Bombay plague: being a history of the progress of plague in the Bombay presidency from September 1896 to June 1899
Year: 1896
Disease focus: Plague
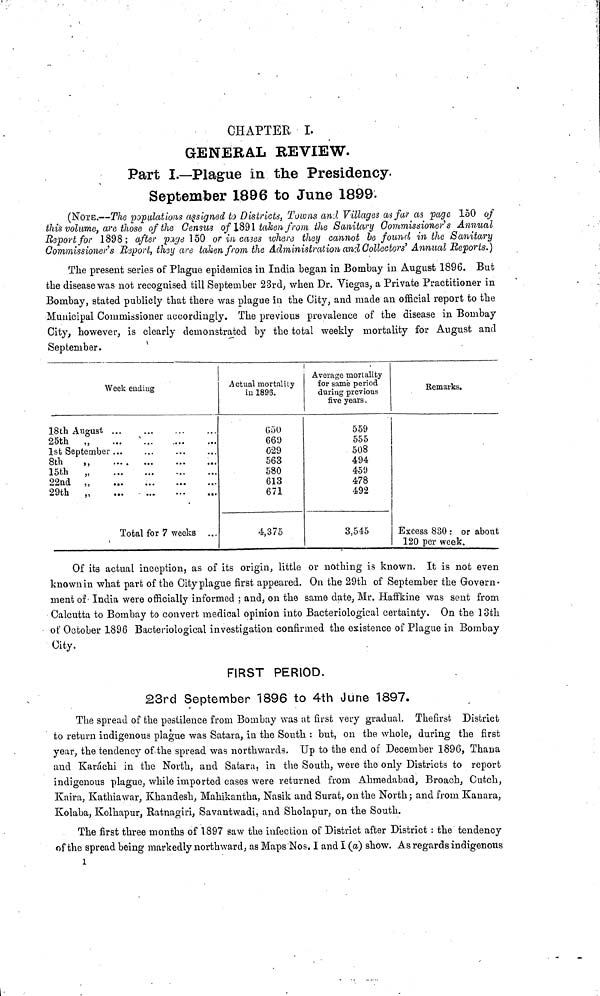
CHAPTER I.
GENERAL REVIEW.
Part I.—Plague in the Presidency.
September 1896 to June 1899.
(Νότε.—The populations assigned to Districts, Towns and Villages as far as page 150 of
this volume, are those of the Census of 1891 taken from the Sanitary Commissioner' s Annual
Report for 1898; after page 150 or in cases where they cannot be found in the Sanitary
Commissioner's Report, they are taken from the Administration and Collectors' Annual Reports.)
The present series of Plague epidemics in India began in Bombay in August 1896. But
the disease was not recognised till September 23rd, when Dr. Viegas, a Private Practitioner in
Bombay, stated publicly that there was plague in the City, and made an official report to the
Municipal Commissioner accordingly. The previous prevalence of the disease in Bombay
City, however, is clearly demonstrated by the total weekly mortality for August and
September.
Week ending
18th August ... ... ... ...
25th
...
....
...
....
1st September ... ... ... ...
8th
,, ... ... ...
15th
,,
...
...
...
...
22nd „
...
...
...
...
29th
„
...
...
...
...
Total for 7 weeks ...
Actual mortality
in 1896.
650
660
029
563
580
613
671
4,375
Average mortality
for same period
during previous
five years .
559
555
508
494
459
478
492
3,545
Remarks.
Excess 830 : or about
120 per week.
Of its actual inception, as of its origin, little or nothing is known. It is not even
known in what part of the City plague first appeared. On the 29th of September the Govern-
ment of India were officially informed ; and, on the same date, Mr. Haffkine was sent from
Calcutta to Bombay to convert medical opinion into Bacteriological certainty. On the 13th
of October 1896 Bacteriological investigation confirmed the existence of Plague in Bombay
City.
FIRST PERIOD.
23rd September 1896 to 4th June 1897.
The spread of the pestilence from Bombay was at first very gradual. Thefirst District
to return indigenous plague was Satara, in the South : but, on the whole, during the first
year, the tendency of the spread was northwards. Up to the end of December 1896, Thana
and Karachi in the North, and Satara, in the South, were the only Districts to report
indigenous plague, while imported cases were returned from Ahmedabad, Broach, Cutch,
Kaira, Kathiawar, Khandesh, Mahikantha, Nasik and Surat, on the North ; and from Kanara,
Kolaba, Kolhapur, Ratnagiri, Savantwadi, and Sholapur, on the South.
The first three months of 1897 saw the infection of District after District : the tendency
of the spread being markedly northward, as Maps Nos. I and I (a) show. As regards indigenous
1